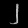
Digit: ၂